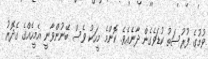
ވުމުގެ ފުރުސަތު ކުޑަވެގެން ދާނެއެވެ. ކޮންމެ މީހަކު ވެސް ބޭނުންވާނީ އެމީހެއްގެ ގެދޮރު